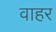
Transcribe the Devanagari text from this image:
वाहर